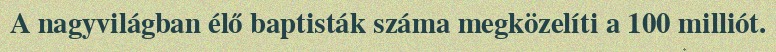
A nagyvilágban élő baptisták száma megközelíti a 100 milliót.